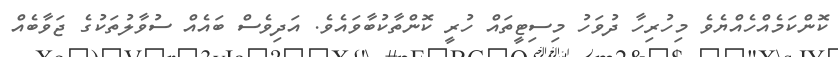
ކޮންކަމެއްހެއްޔެވެ މިހުރިހާ ދުވަހު މިސިޓީތައް ހުރީ ކޮންތާކުބާވައެވެ. އަދިވެސް ބައެއް ސުވާލުތަކުގެ ޖަވާބެއް